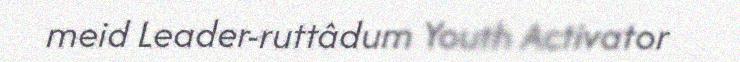
meid Leader-ruttâdum Youth Activator